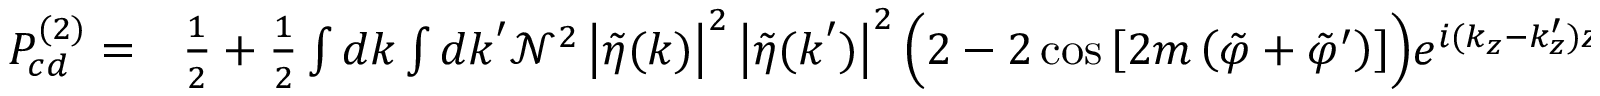
\begin{array} { r l } { P _ { c d } ^ { ( 2 ) } = } & { { } \frac { 1 } { 2 } + \frac { 1 } { 2 } \int d \boldsymbol { k } \int d \boldsymbol { k } ^ { \prime } \mathcal { N } ^ { 2 } \left| \tilde { \eta } ( \boldsymbol { k } ) \right| ^ { 2 } \left| \tilde { \eta } ( \boldsymbol { k } ^ { \prime } ) \right| ^ { 2 } \Big ( 2 - 2 \cos { \left[ 2 m \left( \tilde { \varphi } + \tilde { \varphi } ^ { \prime } \right) \right] } \Big ) e ^ { i ( k _ { z } - k _ { z } ^ { \prime } ) z _ { 0 } } . } \end{array}